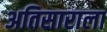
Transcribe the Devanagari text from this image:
अतिसाराला